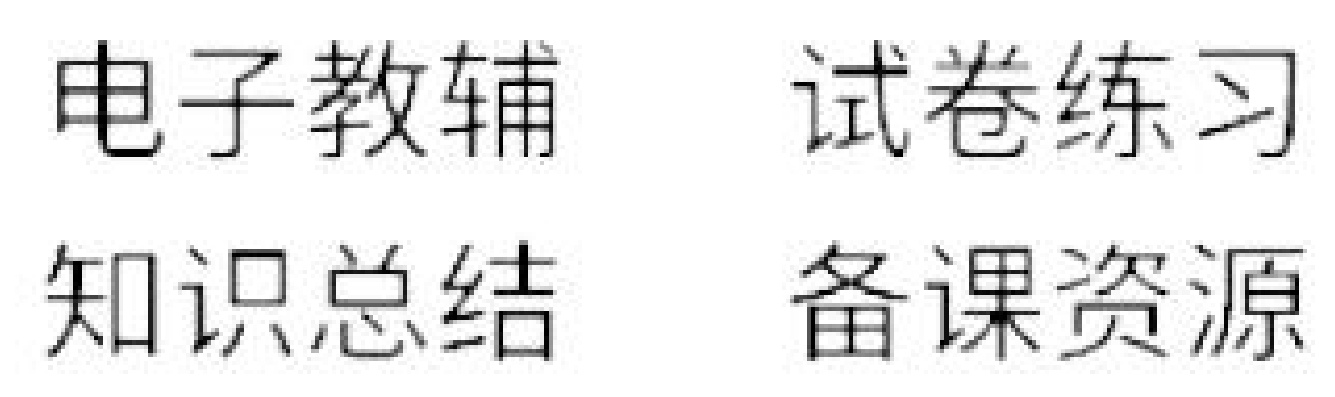
电子教辅
试卷练习
知识总结
备课资源